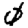
Digit: 0